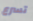
تسرع